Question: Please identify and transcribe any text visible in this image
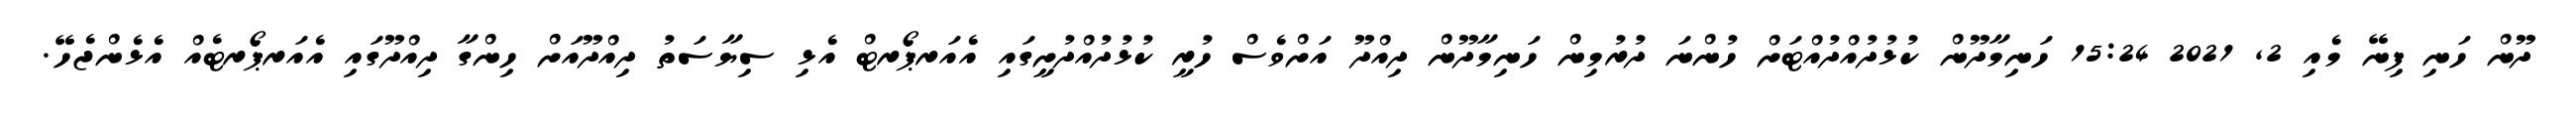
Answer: ދޫން ހަނި ފިނޭ މެއި 2, 2021 15:24 ހަނިމާދޫން ކުޅުދުއްދުއްޓަށް ހުންނަ ދުރުމިން ހަނިމާދޫން ދިއްދޫ އަށްވެސް ހުރީ ކުޅުދުއްދުށީގައި އެއަރޕޯރޓް އެޅި ސިޔާސަތު ދިއްދޫއަށް ހިންގާ ދިއްދޫގައި އެއަރޕޯރޓެއް އެޅެންޖެހޭ.